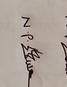
Signature authenticity: genuine